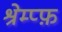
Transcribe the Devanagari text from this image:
श्रेम्प्फ़